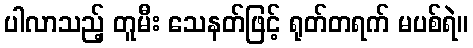
ပါလာသည့် တူမီး သေနတ်ဖြင့် ရုတ်တရက် မပစ်ရဲ။